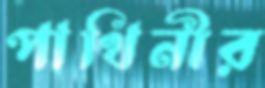
পাখিনীর